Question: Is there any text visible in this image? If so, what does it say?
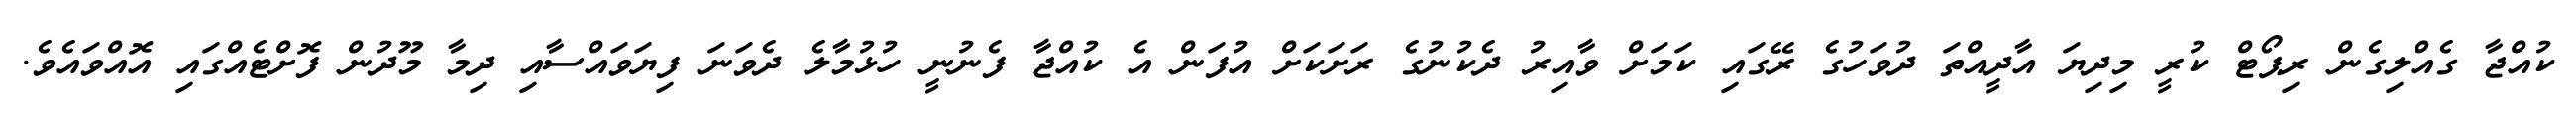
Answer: ކުއްޖާ ގެއްލިގެން ރިޕޯޓް ކުރީ މިދިޔަ އާދީއްތަ ދުވަހުގެ ރޭގައި ކަމަށް ވާއިރު ދެކުނުގެ ރަށަކަށް އުފަން އެ ކުއްޖާ ފެނުނީ ހުޅުމާލެ ދެވަނަ ފިޔަވައްސާއި ދިމާ މޫދުން ފޮށްޓެއްގައި އޮއްވައެވެ.